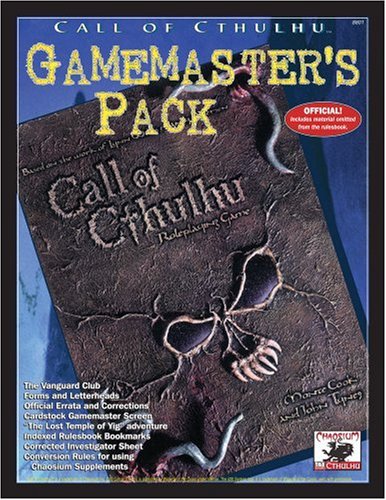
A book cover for Call of Cthulhu Gamemasters Pack: d20, Horror Roleplaying, 8801; Aaron Rosenberg; Science Fiction & Fantasy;